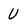
Character: U